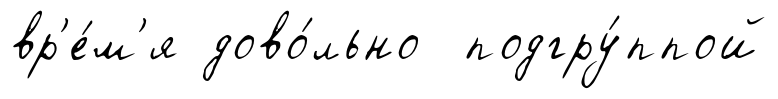
вр'е́м'я дово́льно подгру́ппой